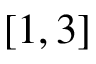
[ 1 , 3 ]